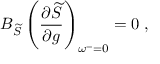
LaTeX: B _ { \widetilde { S } } \left( \frac { \partial \widetilde { S } } { \partial g } \right) _ { \omega ^ { - } = 0 } = 0 \; ,